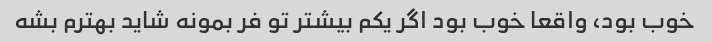
خوب بود، واقعا خوب بود اگر یکم بیشتر تو فر بمونه شاید بهترم بشه